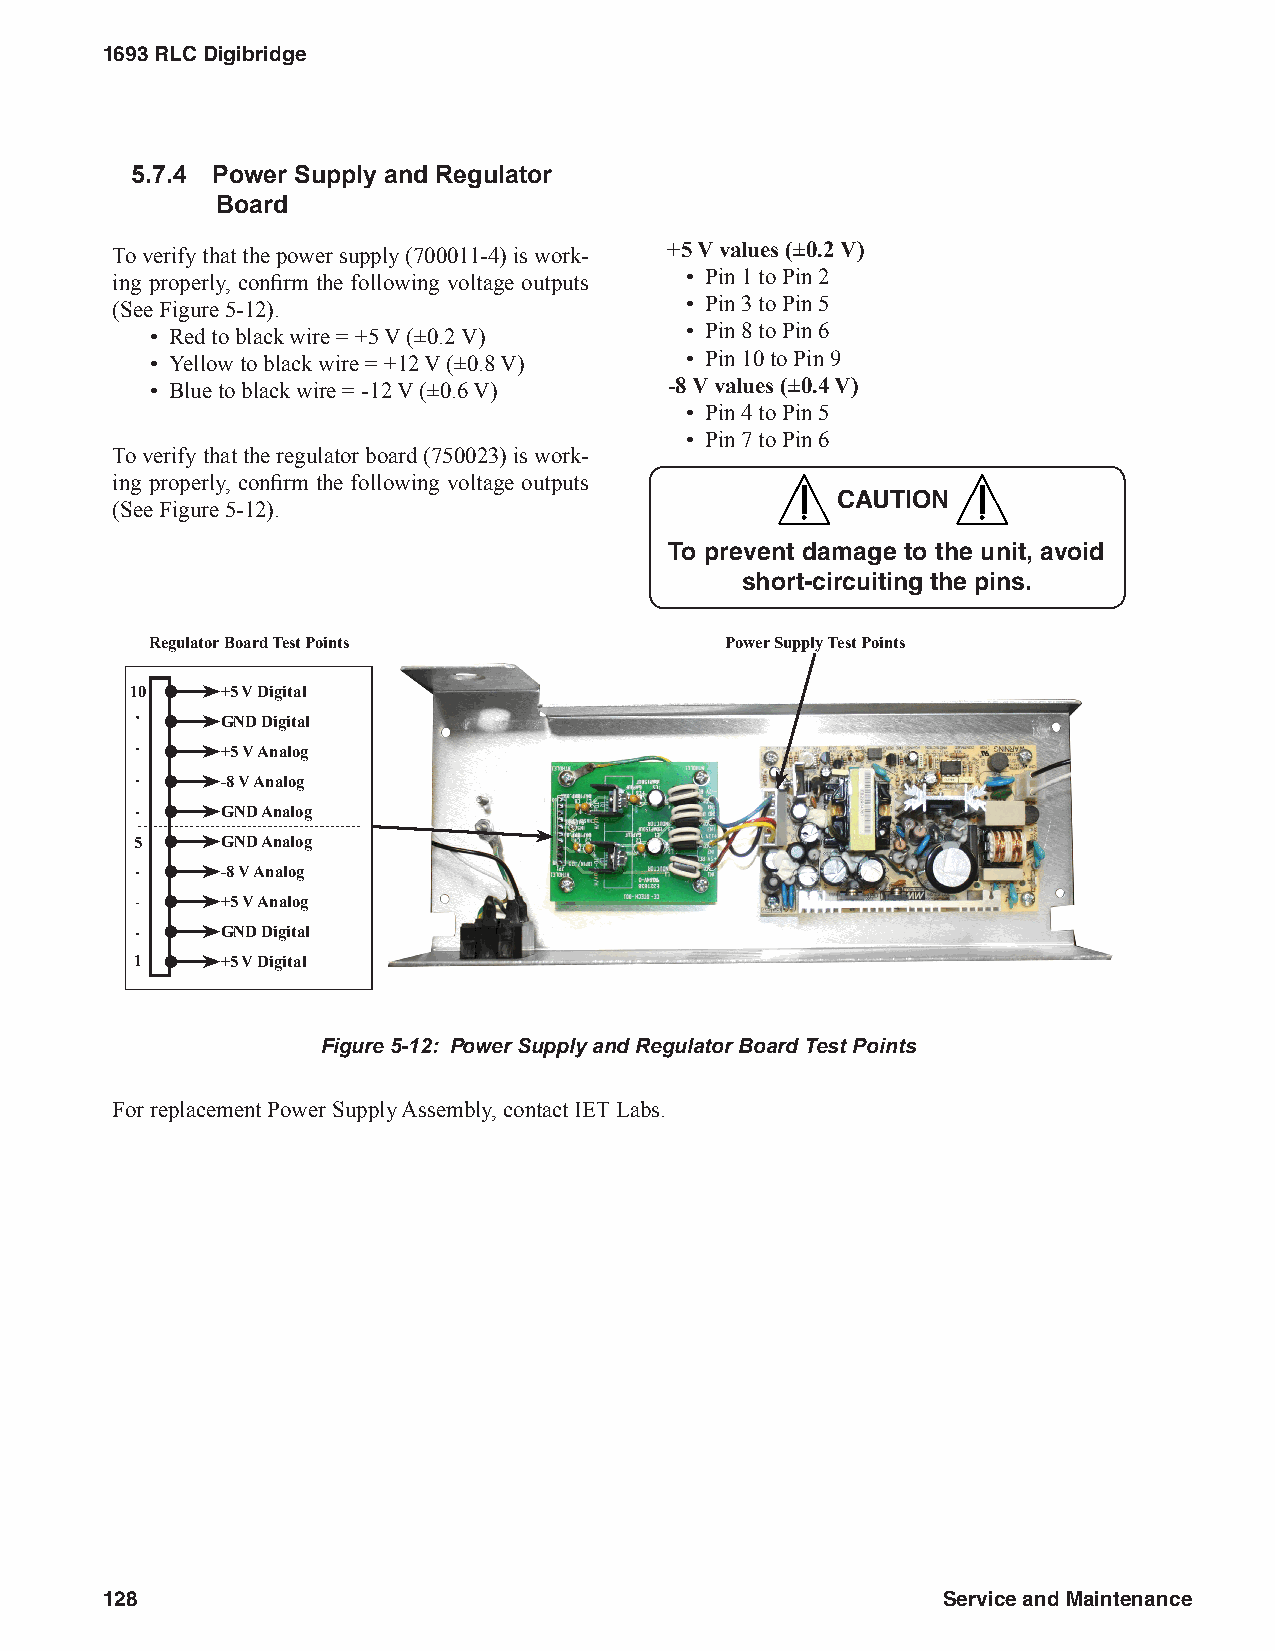
1693 RLC Digibridge
 5.7.4 Power Supply and Regulator
 Board
 To verify that the power supply (700011-4) is work- +5 V values (±0.2 V)
 ing properly, confirm the following voltage outputs • Pin 1 to Pin 2
 (See Figure 5-12).                    • Pin 3 to Pin 5
 • Red to black wire = +5 V (±0.2 V) • Pin 8 to Pin 6
 • Yellow to black wire = +12 V (±0.8 V) • Pin 10 to Pin 9
 • Blue to black wire = -12 V (±0.6 V) -8 V values (±0.4 V)
 • Pin 4 to Pin 5
 • Pin 7 to Pin 6
 To verify that the regulator board (750023) is work-
 ing properly, confirm the following voltage outputs
 CAUTION
 (See Figure 5-12).
 To prevent damage to the unit, avoid
 short-circuiting the pins.
 Regulator Board Test Points           Power Supply Test Points
 10    +5 V Digital
 GND Digital
 +5 V Analog
 -8 V Analog
 GND Analog
 5     GND Analog
 -8 V Analog
 +5 V Analog
 GND Digital
 1     +5 V Digital
 Figure 5-12: Power Supply and Regulator Board Test Points
 For replacement Power Supply Assembly, contact IET Labs.
 128                                                    Service and Maintenance